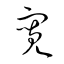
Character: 寬